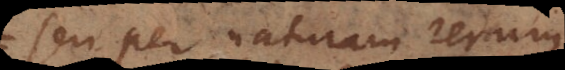
seu per naturam rerum